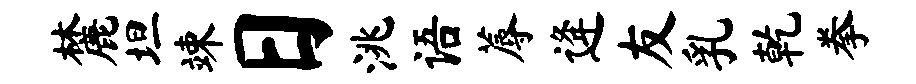
麓坦竦日洮语蓐逄友乳乾拳